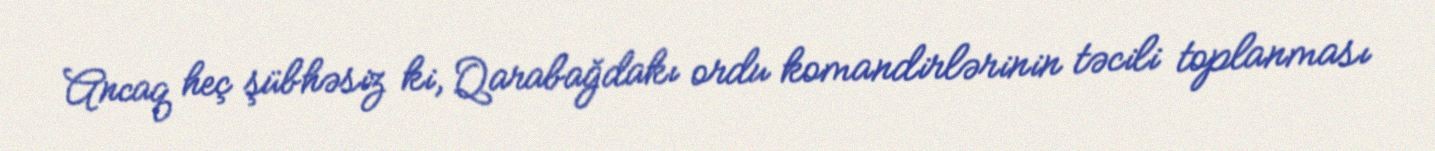
Ancaq heç şübhəsiz ki, Qarabağdakı ordu komandirlərinin təcili toplanması